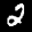
Label: 2